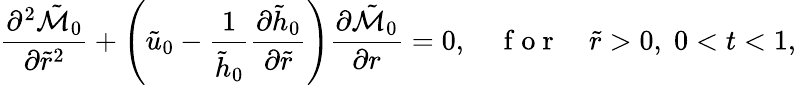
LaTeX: \frac{\partial^{2}\tilde{\mathcal{M}}_{0}}{\partial\tilde{r}^{2}}+\left(\tilde{u}_{0}-\frac{1}{\tilde{h}_{0}}\frac{\partial\tilde{h}_{0}}{\partial\tilde{r}}\right)\frac{\partial\tilde{\mathcal{M}}_{0}}{\partial r}=0,\quad\mathrm{~f~o~r~}\quad\tilde{r}>0,\; 0<t<1,